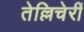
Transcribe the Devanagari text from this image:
तेल्लिचेर्री